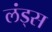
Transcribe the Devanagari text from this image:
लंड्स